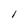
Character: 1